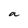
Character: a